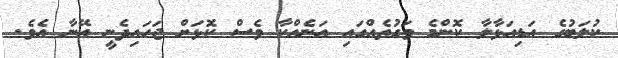
ކުލަބުގެ އަޑިއަޅާލާ ކޮންމެ ވަގުތެއްގައި އަނެއްކާ ވެސް ކޮޅަށް ޖަހައިދެނީ އޭނާ އެވެ.